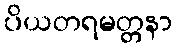
ပိယတရမတ္တနာ